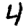
Digit: 4